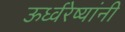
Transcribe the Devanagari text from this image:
ऊर्ध्वरेष्यांनी